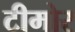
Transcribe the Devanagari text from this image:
टीमोर